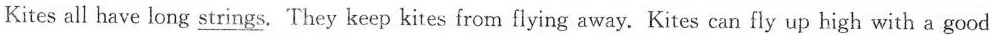
Kites all have long _strings. They keep kites from flying away. Kites can fly up high with a good